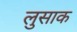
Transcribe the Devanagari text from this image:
लुसाक